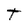
Character: T